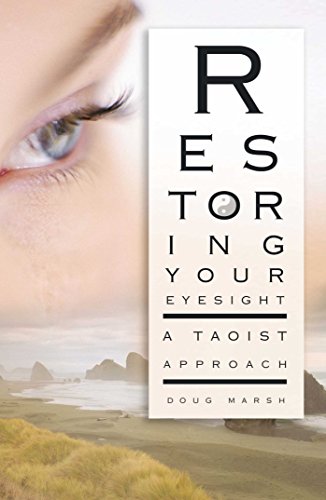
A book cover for Restoring Your Eyesight: A Taoist Approach; Doug Marsh; Health, Fitness & Dieting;